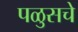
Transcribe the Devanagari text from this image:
पळुसचे